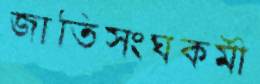
জাতিসংঘকর্মী